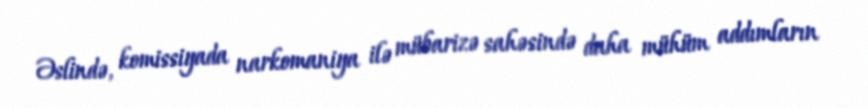
Əslində, komissiyada narkomaniya ilə mübarizə sahəsində daha mühüm addımların